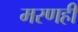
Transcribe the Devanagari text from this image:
मरणही